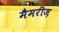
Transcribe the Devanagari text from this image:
मैमरीज़